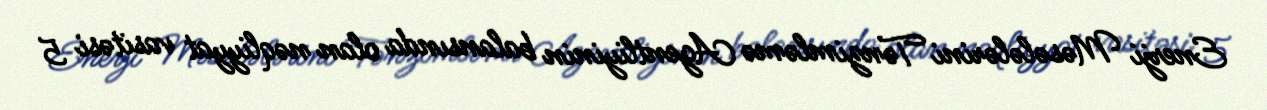
Enerji Məsələlərini Tənzimləmə Agentliyinin balansında olan nəqliyyat vasitəsi 5